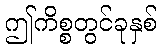
ဤကိစ္စတွင်ခုနှစ်